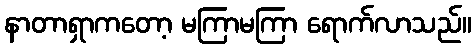
နာတာရှာကတော့ မကြာမကြာ ရောက်လာသည်။